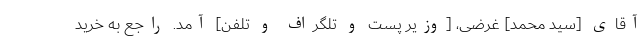
آقای [سید محمد] غرضی، [وزیر پُست و تلگراف و تلفن] آمد. راجع به خرید